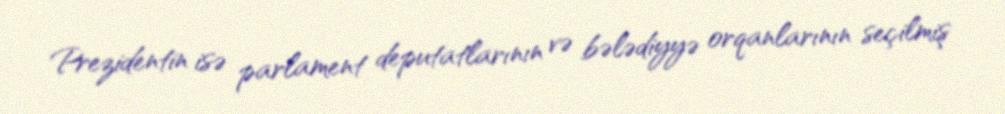
Prezidentin isə parlament deputatlarının və bələdiyyə orqanlarının seçilmiş